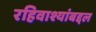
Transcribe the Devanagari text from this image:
रहिवाश्यांबद्दल